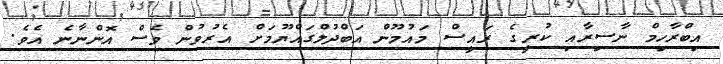
އިބްރާހިމް ނާސިރާއި ކުރީގެ ރައީސް މައުމޫން އަބްދުލްގައްޔޫމަށް އެރުވުން ވެސް އޮންނާނެ އެވެ.